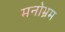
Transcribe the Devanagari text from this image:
मनोभ्रम